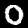
Digit: 0